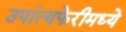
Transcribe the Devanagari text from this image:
उपांत्यफेरीमध्ये